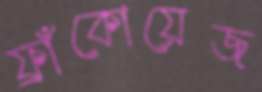
ফ্রাঁকোয়েজ